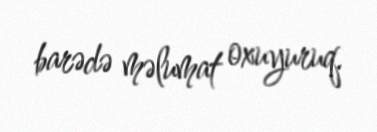
barədə məlumat oxuyuruq.